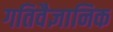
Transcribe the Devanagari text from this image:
गतिवैज्ञानिक